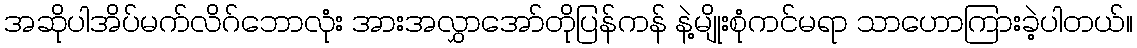
အဆိုပါအိပ်မက်လိဂ်ဘောလုံး အားအလွှာအော်တိုပြန်ကန် နဲ့မျိုးစုံကင်မရာ သာဟောကြားခဲ့ပါတယ်။